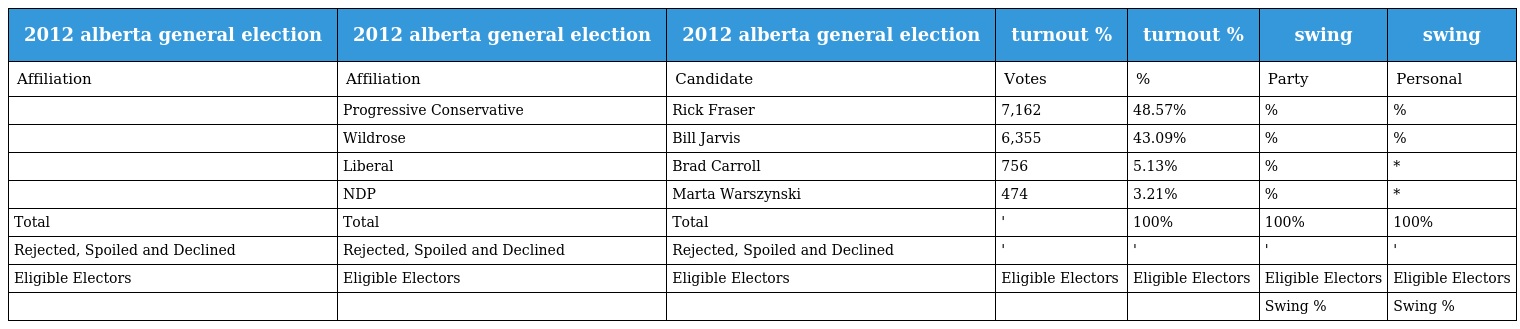
| 2012 alberta general election | 2012 alberta general election | 2012 alberta general election | turnout % | turnout % | swing | swing |
 | --- | --- | --- | --- | --- | --- | --- |
 | Affiliation | Affiliation | Candidate | Votes | % | Party | Personal |
 |  | Progressive Conservative | Rick Fraser | 7,162 | 48.57% | % | % |
 |  | Wildrose | Bill Jarvis | 6,355 | 43.09% | % | % |
 |  | Liberal | Brad Carroll | 756 | 5.13% | % | * |
 |  | NDP | Marta Warszynski | 474 | 3.21% | % | * |
 | Total | Total | Total | ' | 100% | 100% | 100% |
 | Rejected, Spoiled and Declined | Rejected, Spoiled and Declined | Rejected, Spoiled and Declined | ' | ' | ' | ' |
 | Eligible Electors | Eligible Electors | Eligible Electors | Eligible Electors | Eligible Electors | Eligible Electors | Eligible Electors |
 |  |  |  |  |  | Swing % | Swing % |